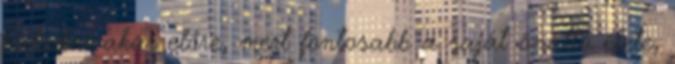
haladni akar előre, mert fontosabb a saját önálló élete,